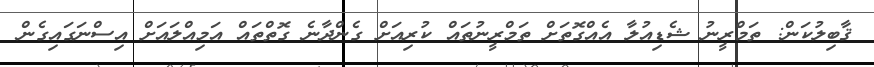
ޤާބިލުކަން: ތަމްރީނު ޝެޑިއުލާ އެއްގޮތަށް ތަމްރީނުތައް ކުރިއަށް ގެންދާނެ ގޮތްތައް އަމިއްލައަށް އިސްނަގައިގެން